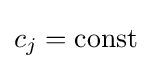
c_{j}={\text{const}}